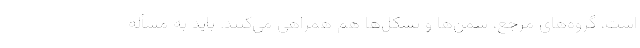
است، گروه‌های مرجع، سمن‌ها و تشکل‌ها هم همراهی می‌کنند. باید به مسأله